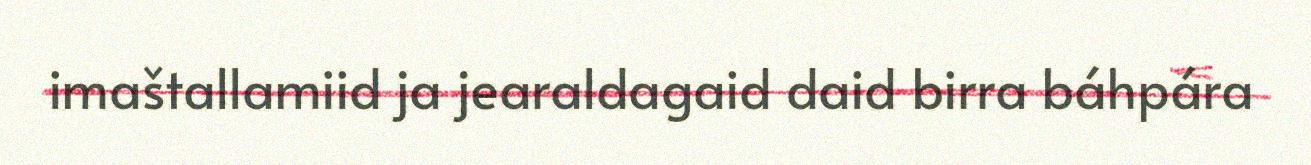
imaštallamiid ja jearaldagaid daid birra báhpára